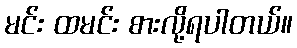
မင်း ထမင်း စားလို့ရပါတယ်။